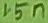
Text: 15n